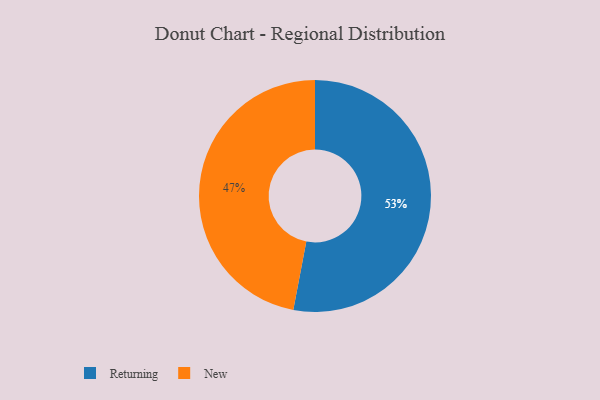
{"axis": {"x": "Category", "y": "Percentage"}, "legend": ["New", "Returning"], "data": [{"x": "Returning", "y": 53, "type": "Returning"}, {"x": "New", "y": 47, "type": "New"}]}